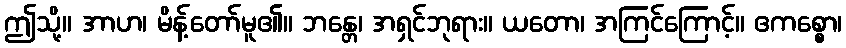
ဤသို့။ အာဟ၊ မိန့်တော်မူ၏။ ဘန္တေ၊ အရှင်ဘုရား။ ယတော၊ အကြင်ကြောင့်။ ဧကစ္စော၊